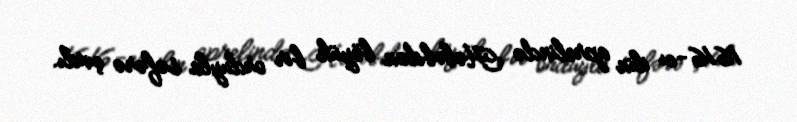
1616-cı ilin aprelində Hələbdən böyük bir orduyla səfərə çıxdı.